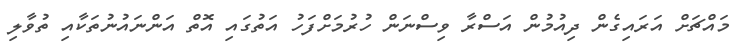
މައްޗަށް އަރައިގެން ދިއުމުން އަސްރާ ވިސްނަން ހުރުމަށްފަހު އަތުގައި އޮތް އަންނައުނުތަކާއި ތުވާލި